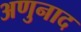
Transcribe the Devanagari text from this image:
अणुनाद